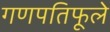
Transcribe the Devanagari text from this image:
गणपतिफूले